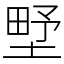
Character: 㙒